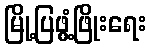
မြို့ပြဖွံ့ဖြိုးရေး